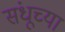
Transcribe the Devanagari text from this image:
संधूच्या